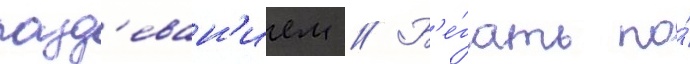
разд'еван'ием // Б'е́гать по́